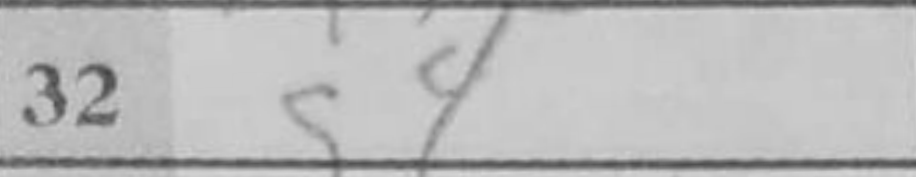
Transcription: g4